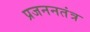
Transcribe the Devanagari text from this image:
प्रजननतंत्र